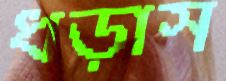
ধড়াস